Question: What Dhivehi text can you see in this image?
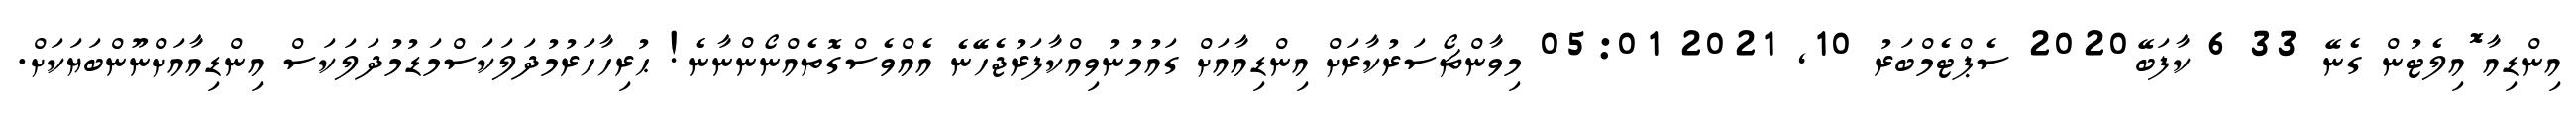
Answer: އިންޑިއާ ޮައިލެޓުން ގެނޭ 33 6 ކާފަބޭ2020 ސެޕްޓެމްބަރު 10, 2021 05:01 މިވާންޗޯސަރުކާރަށް އިންޑިއާއަށް ގައުމުނުވިއްކާފަރުޖެހޭނެ އެއްވެސްގޮތެއްނޯންނާނެ! ޙުރިހާހަރުމުދަލަކަސްމަޑުމުދަލަކަސް އިންޑިއާއަށްނޫންބަޔަކަށް.